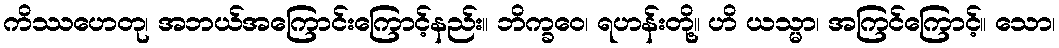
ကိဿဟေတု၊ အဘယ်အကြောင်းကြောင့်နည်း။ ဘိက္ခဝေ၊ ရဟန်းတို့။ ဟိ ယသ္မာ၊ အကြင်ကြောင့်။ သော၊